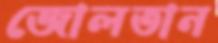
জোলতান